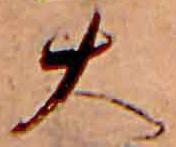
大